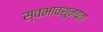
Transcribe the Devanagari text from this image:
स्वभावशून्यता